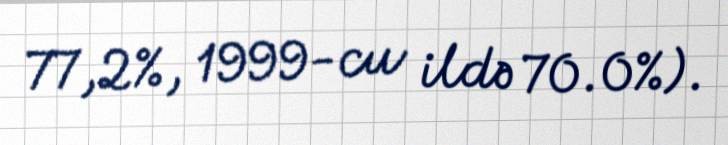
77,2%, 1999-cu ildə 70.0%).